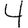
Digit: 4